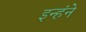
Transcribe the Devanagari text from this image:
इन्हंने